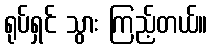
ရုပ်ရှင် သွား ကြည့်တယ်။